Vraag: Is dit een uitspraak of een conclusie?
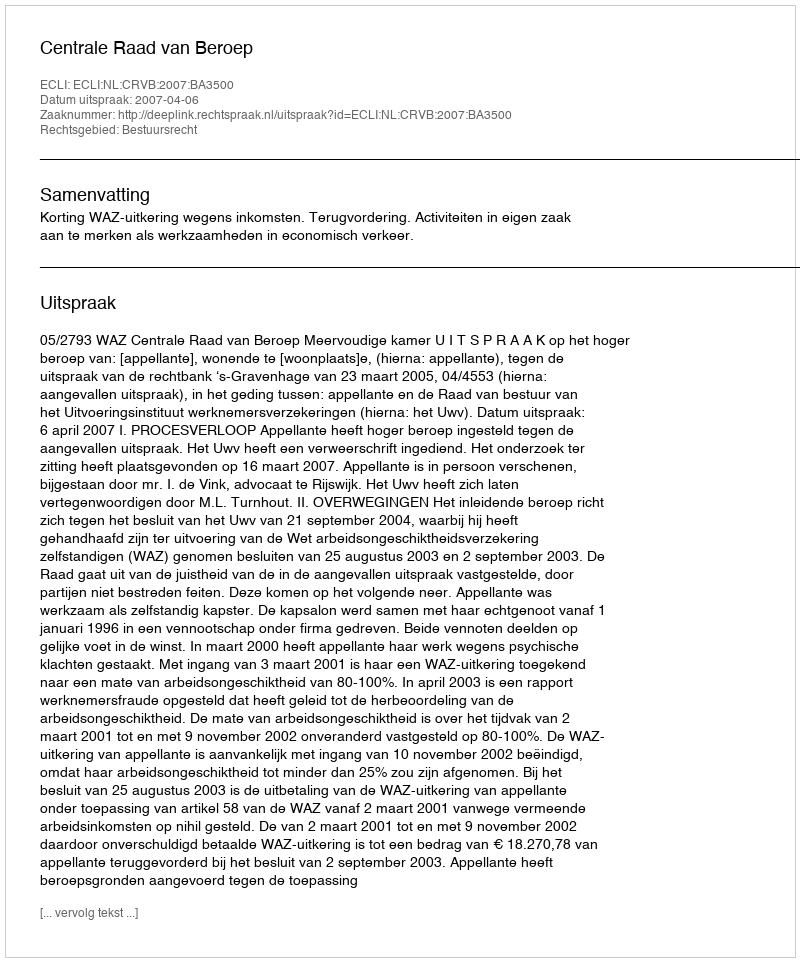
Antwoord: Uitspraak